Insane asylums Bombay 1873-77 - 1873-1877
Year: 1873
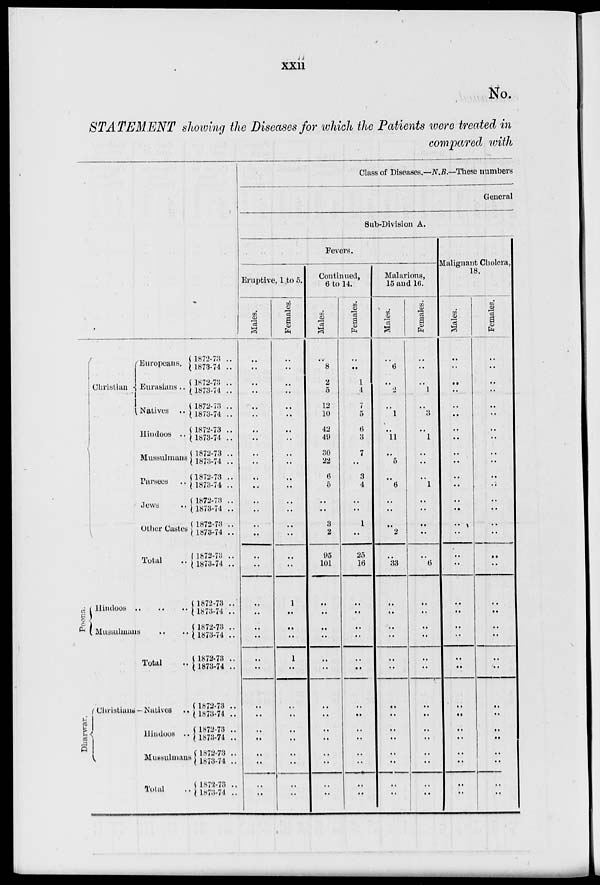
xxii
No.
STATEMENT showing the Diseases for which the Patients were treated in
compared with
Christian
Europeans.
Eurasians ..
Natives ..
Hindoos ..
Mussulmans
Parsees ..
Jews ..
Other Castes
Total
Poona.
Hindoos
..
..
..
Mussulmans .. ..
Total ..
Dharwar.
Christians Natives ..
Hindoos ..
Mussulmans
Total ..
1872-73 ..
1873-74 ..
1872-73 ..
1873-74 ..
1872-73 ..
1873-74 ..
1872-73 ..
1873-74 ..
1872-73 ..
1873-74 ..
1872-73 ..
1873-74 ..
1872-73 ..
1873-74 ..
1872-73 ..
1873-74 ..
1872-73 ..
1873-74 ..
1872-73 ..
1873-74 ..
1872-73 ..
1873-74 ..
1872-73 ..
1873-74 ..
1872-73 ..
1873-74 ..
1872-73 ..
1873-74 ..
1872-73 ..
1873-74 ..
1872-73 ..
1873-74 ..
Class of Diseases.—N.B.—These numbers
General
Sub-Division A.
Fevers.
Eruptive, 1 to 5.
Males.
..
..
..
..
..
..
..
..
..
..
..
..
..
..
..
..
..
..
..
..
..
..
..
..
..
..
..
..
..
..
..
..
Females.
..
..
..
..
..
..
..
..
..
..
..
..
..
..
..
..
..
..
1
..
..
..
1
..
..
..
..
..
..
..
..
..
Continued,
6 to 14.
Males.
..
8
2
5
12
10
42
49
30
22
6
5
..
..
3
2
95
101
..
..
..
..
..
..
..
..
..
..
..
..
..
..
Females.
..
..
1
4
7
5
6
3
7
..
3
4
..
..
1
..
25
16
..
..
..
..
..
..
..
..
..
..
..
..
..
..
Malarious,
15 and 16.
Males.
..
6
..
2
..
1
..
11
..
5
..
6
..
..
..
2
..
33
..
..
..
..
..
..
..
..
..
..
..
..
..
..
Females.
..
..
..
1
..
3
..
1
..
..
..
1
..
..
..
..
..
6
..
..
..
..
..
..
..
..
..
..
..
..
..
..
Malignant Cholera,
18.
Males.
..
..
..
..
..
..
..
..
..
..
..
..
..
..
..
..
..
..
..
..
..
..
..
..
..
..
..
..
..
..
..
..
Females.
..
..
..
..
..
..
..
..
..
..
..
..
..
..
..
..
..
..
..
..
..
..
..
..
..
..
..
..
..
..